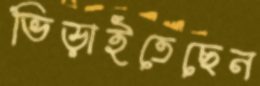
ভিড়াইতেছেন